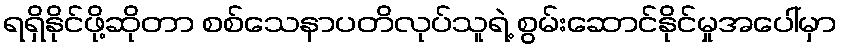
ရရှိနိုင်ဖို့ဆိုတာ စစ်သေနာပတိလုပ်သူရဲ့ စွမ်းဆောင်နိုင်မှုအပေါ်မှာ